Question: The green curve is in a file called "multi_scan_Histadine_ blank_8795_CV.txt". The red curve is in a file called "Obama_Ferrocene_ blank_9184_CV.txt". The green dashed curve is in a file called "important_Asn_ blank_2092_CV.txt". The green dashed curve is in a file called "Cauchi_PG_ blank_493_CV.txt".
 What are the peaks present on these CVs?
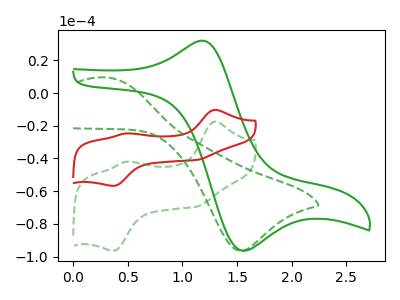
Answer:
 <answer>The green curve "Histadine  blank" has an anodic peak at (1.15V, 31.80uA) and a cathodic peak at (1.55V, -96.40uA). The red curve "Ferrocene  blank" has anodic peaks at (1.30V, -10.30uA) (0.50V, -24.75uA) and cathodic peaks at (1.15V, -40.85uA) (0.35V, -56.75uA). The green dashed curve "Asn  blank" has anodic peaks at (1.30V, -17.50uA) (0.50V, -42.00uA) and cathodic peaks at (1.15V, -69.40uA) (0.35V, -96.45uA). The green dashed curve "PG  blank" has an anodic peak at (0.30V, 9.50uA) and a cathodic peak at (1.55V, -96.45uA).</answer>
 <eval></eval>